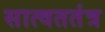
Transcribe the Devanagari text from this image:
सात्वततंत्र